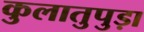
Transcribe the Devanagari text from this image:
कुलातुपुड़ा